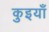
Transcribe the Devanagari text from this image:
कुइयाँ